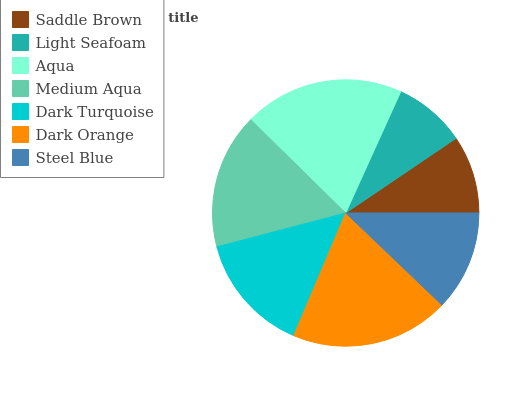
| Saddle Brown | Light Seafoam | Aqua | Medium Aqua | Dark Turquoise | Dark Orange | Steel Blue |
 | --- | --- | --- | --- | --- | --- | --- |
 | 9.47% | 8.76% | 19.4% | 16.4% | 14.5% | 19.3% | 12.1% |